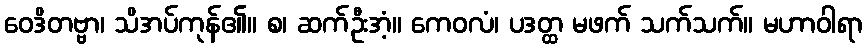
ဝေဒိတဗ္ဗာ၊ သိအပ်ကုန်၏။ စ၊ ဆက်ဦးအံ့။ ကေဝလံ၊ ပဒတ္ထ မဖက် သက်သက်။ မဟာဝါရာ